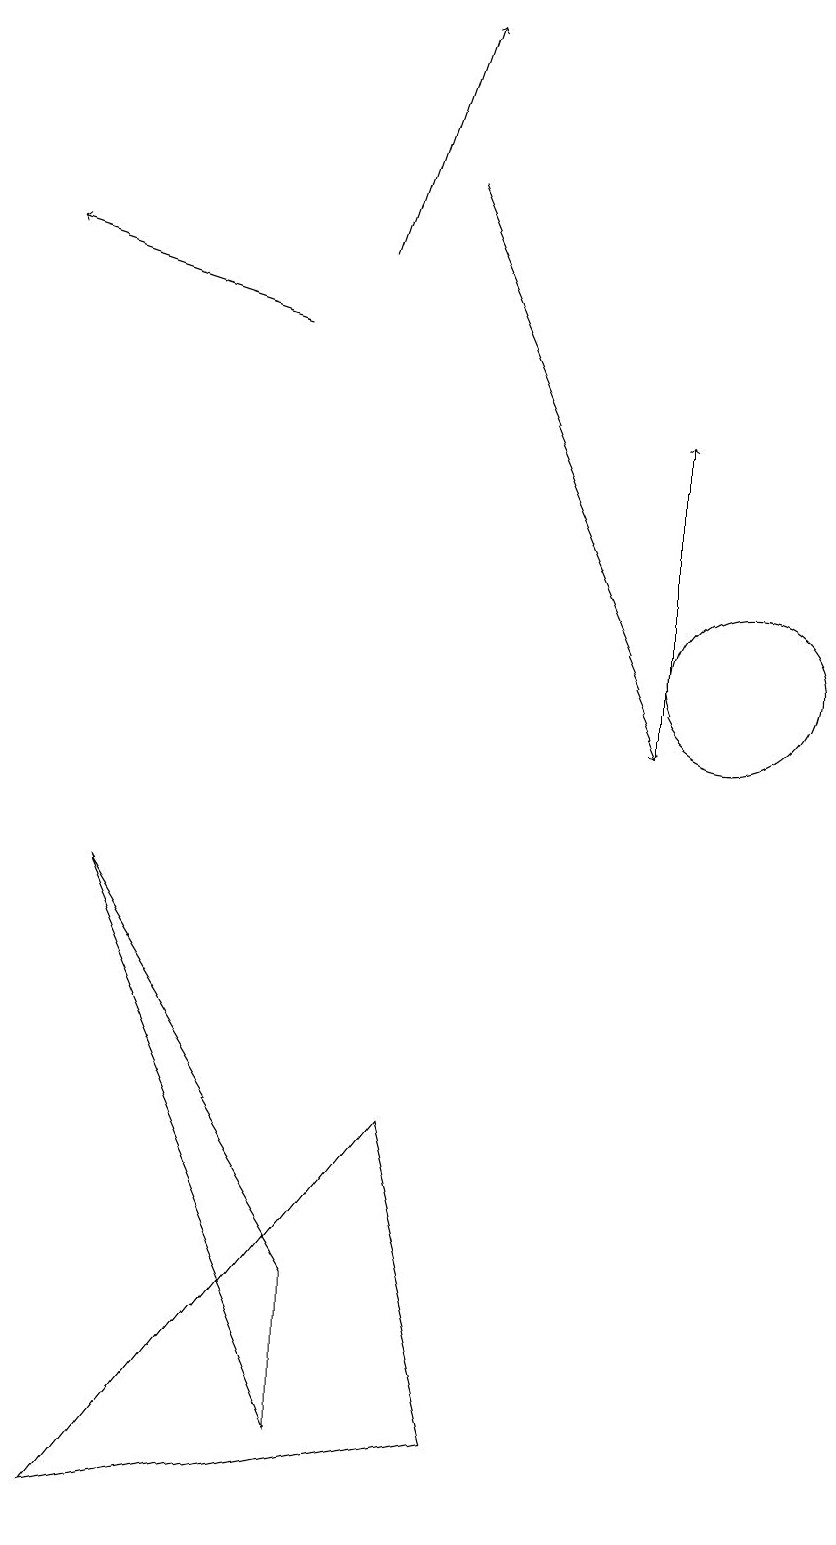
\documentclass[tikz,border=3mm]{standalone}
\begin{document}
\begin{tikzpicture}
\draw[->] (6,17) -- (9,10);
\draw[->] (5,16) -- (6,19);
\draw (5,3) -- (5,1) -- (2,8) -- cycle;
\draw (10,11) circle (1);
\draw (6,5) -- (7,1) -- (2,0) -- cycle;
\draw[->] (4,15) -- (1,16);
\draw[->] (9,10) -- (9,14);
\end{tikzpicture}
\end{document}